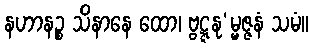
နဟာနဉ္စ သိနာနေ ထော၊ ဗ္ဗဋ္ဋနု’မ္မဇ္ဇနံ သမံ။